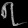
Digit: ၇